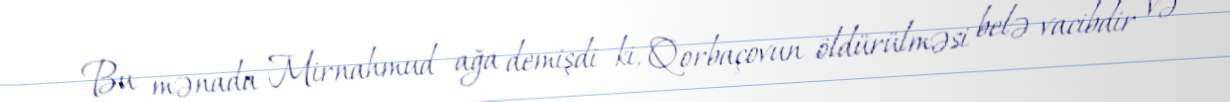
Bu mənada Mirnahmud ağa demişdi ki, Qorbaçovun öldürülməsi belə vacibdir və